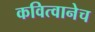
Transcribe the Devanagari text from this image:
कवित्वानेच